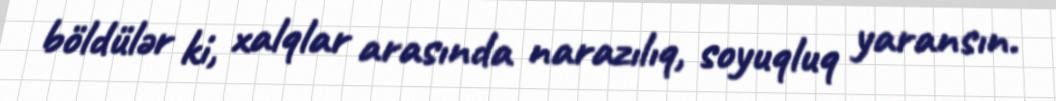
böldülər ki, xalqlar arasında narazılıq, soyuqluq yaransın.